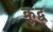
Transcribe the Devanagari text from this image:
क्रुद्व